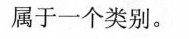
属于一个类别。